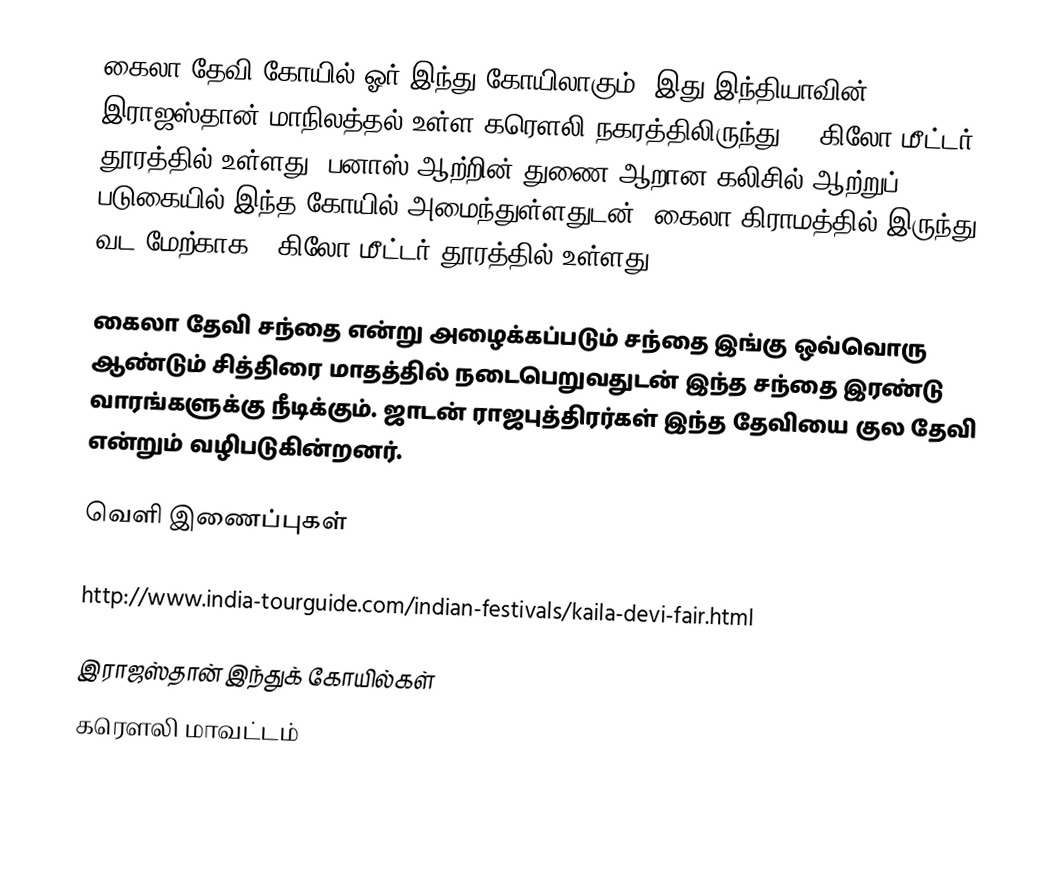
கைலா தேவி கோயில்  ஓர் இந்து கோயிலாகும். இது இந்தியாவின் இராஜஸ்தான் மாநிலத்தல் உள்ள  கரௌலி நகரத்திலிருந்து 23 கிலோ மீட்டர் தூரத்தில் உள்ளது. பனாஸ் ஆற்றின் துணை ஆறான கலிசில் ஆற்றுப் படுகையில் இந்த கோயில் அமைந்துள்ளதுடன், கைலா கிராமத்தில் இருந்து வட மேற்காக 2 கிலோ மீட்டர் தூரத்தில் உள்ளது.

கைலா தேவி சந்தை என்று அழைக்கப்படும் சந்தை இங்கு ஒவ்வொரு ஆண்டும் சித்திரை மாதத்தில் நடைபெறுவதுடன் இந்த சந்தை இரண்டு வாரங்களுக்கு நீடிக்கும். ஜாடன் ராஜபுத்திரர்கள் இந்த தேவியை குல தேவி என்றும் வழிபடுகின்றனர்.

வெளி இணைப்புகள்

 http://www.india-tourguide.com/indian-festivals/kaila-devi-fair.html

இராஜஸ்தான் இந்துக் கோயில்கள்
கரௌலி மாவட்டம்